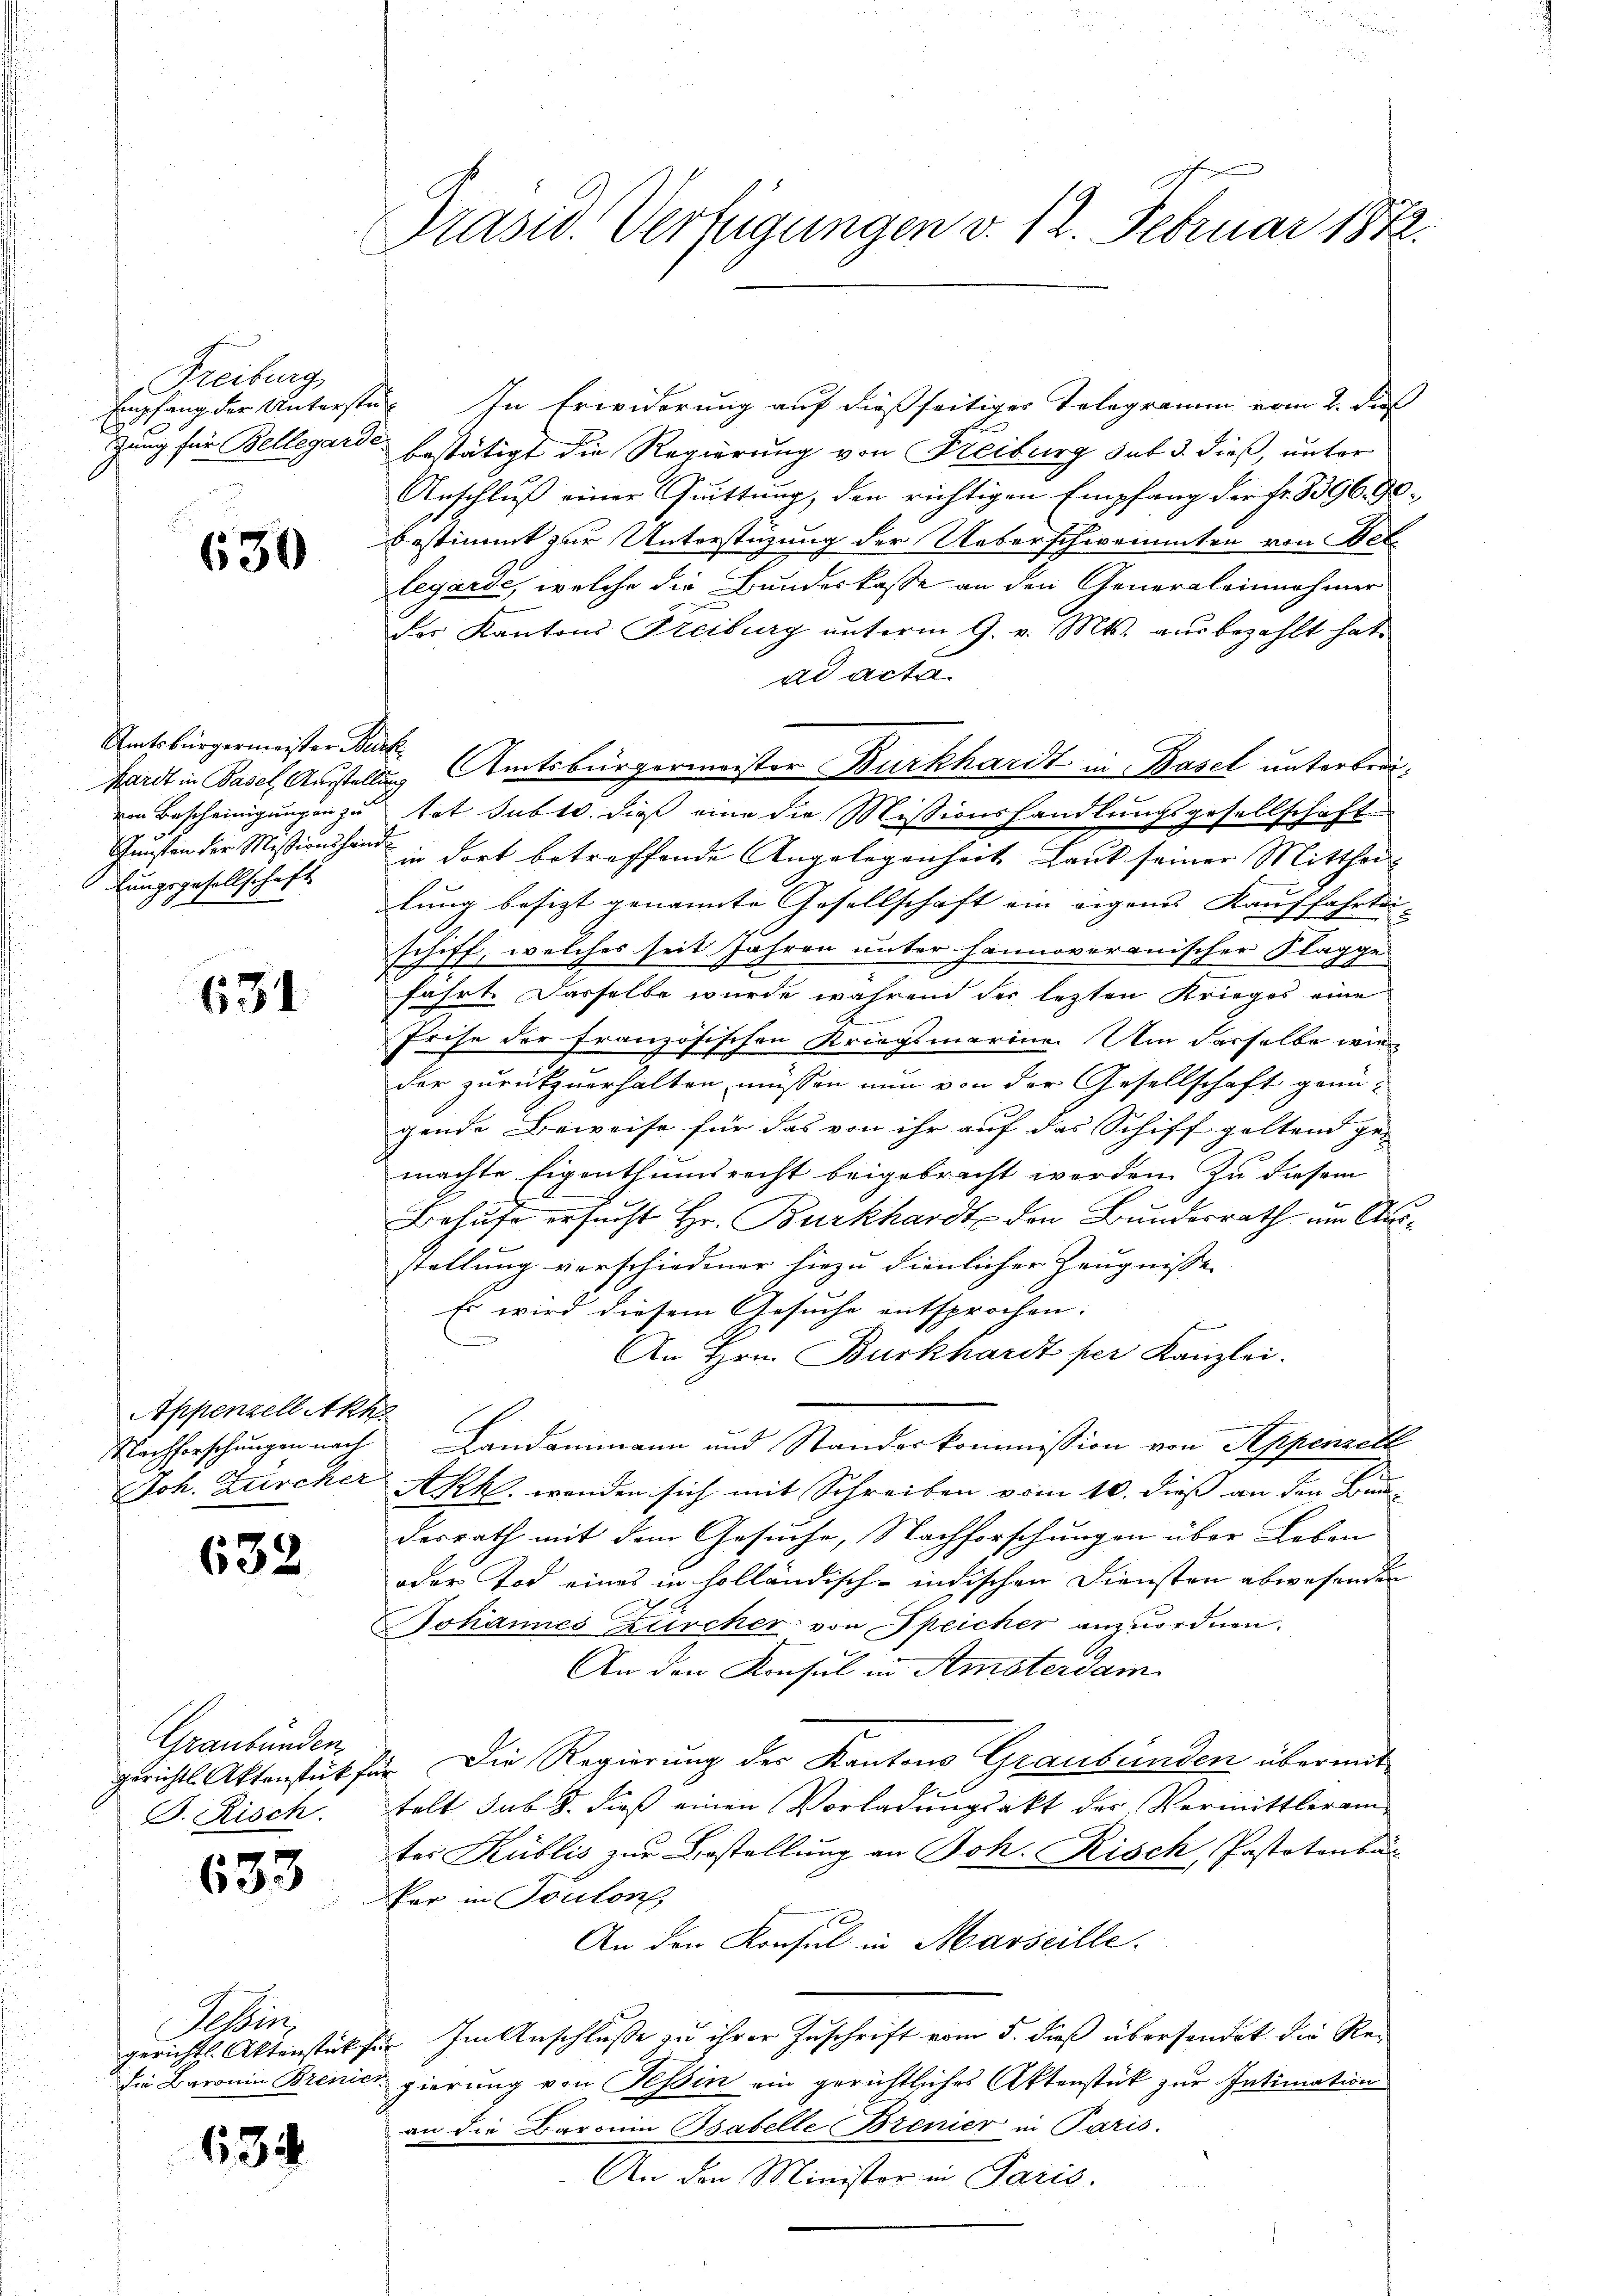
Freiburg
Empfang der Unterste
gung für Bellegard.

630

Amtsbürgermeister Be
Mardt in Basel, Ausstellung
von Bescheinigung in zu
Junsten der Missionshan
lungsgesellschaft

634

Appenzell Akha
Joh. Zürcher

632

Graubünden.
gerichts Aktenstück f
B. Risch.

633

Seiten
gerichtl. Aktenstück

63

Präsid. Verfügungen v. 12. Februar 1872.

u. In Erwiderung auf dießseitiger Telegramm vom 2. di
bestätigt die Regierung von Freiburg sub 3. dieß, unter
Anschluß einer Quittung, den richtigen Empfang der Fr. 1396. 90.
bestimmt zur Unterstüzung der Ueberschwammten von Bel
legarde, welche die Bundeskasse an den Generaleinnahmer
des Kantons Freiburg unterm 9. v. Mts. ausbezahlt hat.
ad acta
Nik. Amtsbürgermeister Burkhardt in Basel unterbrintet subte, dieß eine die Missionshandlungsgesellschaft
t
in dort betreffende Angelegenheit Laut seiner Mittheil
lung besizt genannte Gesellschaft ein eigenes Kauffahrtei-
schiff, welches seit Jahren unter hannoveronischer Klagge
fahrt. Dasselbe wurde während der letzten Krieges eine
I
Prise der französischen Kriegsmarine. Um derselbe wie
der zurückzuerhalten müssen nun von der Gesellschaft genü-
gende Beweise für das von ihr auf das Schiff galtend ge-
machte Eigenthumsrecht beigebracht werden. Zu diesem
Behufe ersucht Hr. Burkhardt den Bundesrath um Ausstellung verschiedener hiezu dienlicher Zeugnisse
Es wird diesem Gesuche entsprochen. |
ken
An Hrn. Burkhardt per Kanzlei.
Nachforschungen nach Landammann und Standeskommission von Seppenzell
Akh. wenden sich mit Schreiben vom 10. dieß an den Baudesrath mit dem Gesuche, Nachforschungen über Leben
oder Tod eines in holländisch-indischen Diensten abwesenden
Johannes Zürcher von Speicher anzuordnen.
An den Konsul in Amsterdam
due. Die Regierung der Kantons Graubünden übermit
telt sub 8. dieß einen Vorladungsakt der Vermittleram
tes Kublis zur Bestellung an Joh. Risch, Pastotenbar
Per in Ponton
An den Konsul in Marseille.
 Im Anschlusse zu ihrer Zuschrift vom 5. dieß übersendet die Redie Baronin Brenicz gierung von Tessin ein gerichtliches Aktenstück zur Intimation
an die Baronia Bsatelle Brenier in Paris.
An den Minister in Paris.